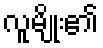
လူမျိုး၏